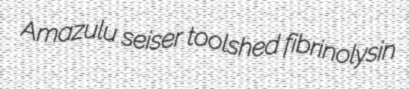
Amazulu seiser toolshed fibrinolysin